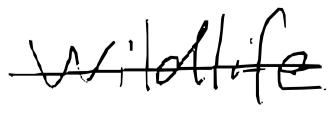
Text: Wildlife
Cross-out: single-line
Writing tool: digital_black